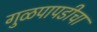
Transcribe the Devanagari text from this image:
गुळपापडीचा